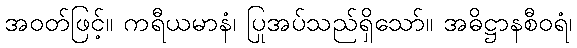
အဝတ်ဖြင့်။ ကရီယမာနံ၊ ပြုအပ်သည်ရှိသော်။ အဓိဋ္ဌာနစီဝရံ၊